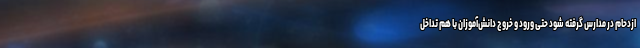
ازدحام در مدارس گرفته شود حتی ورود و خروج دانش‌آموزان با هم تداخل